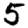
Digit: 5